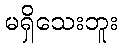
မရှိသေးဘူး